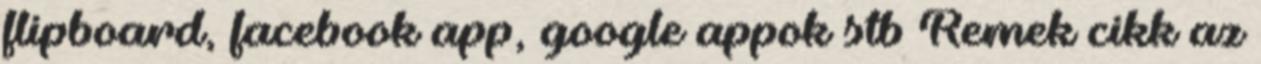
flipboard, facebook app, google appok stb Remek cikk az